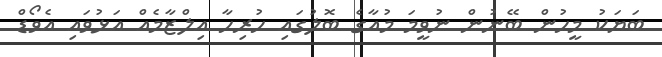
ބަޔަކު މީހުން ބޭނުން ނުވީމަ މުއާގެ ބޮލުގައި ހުރިހާ އިލްޒާމެއް އަޅުވައި އެވޯޑް